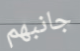
جانبهم